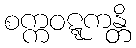
စက္ကဝဋ္ဋကန္တိ